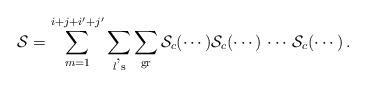
LaTeX: \begin{align*}{\cal S} = \sum_{m = 1}^{i + j + i' + j'} \sum_{l\mbox{'\scriptsize{s}}} \sum_{\mbox{\scriptsize{gr}}} {\cal S}_c (\cdots) {\cal S}_c (\cdots) \, \cdots \, {\cal S}_c (\cdots) \, . \end{align*}